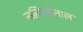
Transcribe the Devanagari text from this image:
नात्सियोनाल